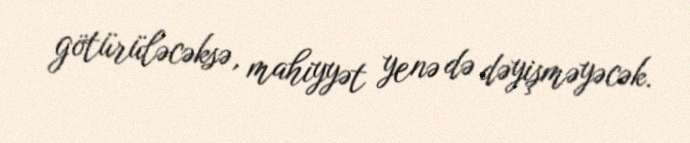
götürüləcəksə, mahiyyət yenə də dəyişməyəcək.